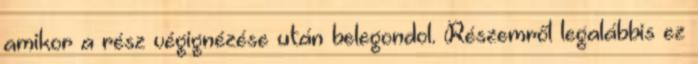
amikor a rész végignézése után belegondol. Részemről legalábbis ez